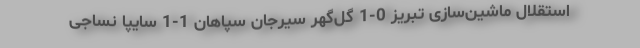
استقلال ماشین‌سازی تبریز 0-1 گل‌گهر سیرجان سپاهان 1-1 سایپا نساجی